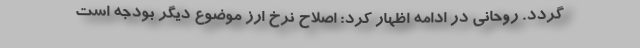
گردد. روحانی در ادامه اظهار کرد: اصلاح نرخ ارز موضوع دیگر بودجه است